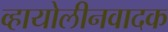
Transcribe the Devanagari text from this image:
व्हायोलीनवादक